system: You are a helpful assistant.
user:
Analyze the provided spectrum to determine if it is a **M-type Giant (gM)**.

A M-type Giant spectrum is defined by its **strong molecular absorption** features, particularly from **Titanium Oxide (TiO)**. You must check for one of the following mutually exclusive signatures:

- **Key Visual Indicators (Absorption-Dominated Spectrum):**

    - **(Primary):** The spectrum is dominated by strong molecular absorption from **Titanium Oxide (TiO)**. This is the **defining feature** of its M-type temperature class.
        - **(Key Bandheads):** Look for sharp, "saw-tooth" absorption valleys. The strongest are located near **~7050 Å**, **~6160 Å**, and **~5170 Å**.
        - **(Line Profile):** The "saw-tooth" morphology is critical: a **sharp, steep drop on the BLUE (short-wavelength) side** of the bandhead, followed by a gradual recovery (rising flux) towards the RED (long-wavelength) side.

    - **(Key Confirmation - Giant vs. Dwarf):** **ABSENCE** of strong **Calcium Hydride (CaH)** molecular bands. This is the primary diagnostic for *excluding* M-dwarfs.
        - **(Key Region):** The spectrum should lack the strong, broad absorption band seen in dwarfs between **~6800 Å and ~7000 Å**.

    - **(Secondary Confirmation - Giant):** A very strong and broad **Neutral Calcium (Ca I)** atomic absorption line.
        - **(Key Line):** Located at **~4226 Å**. In a giant (gM), this line is significantly deeper and broader than the same line in an M-dwarf (dM) due to low surface gravity.

    - **(Overall Spectrum):**
        - The continuum is **extremely red-sloping** (i.e., flux is very low in the blue and rises dramatically towards the red).
        - The entire spectrum appears "chopped up" by the deep TiO bands.

Think first, call **spectral_visualization_tool** if needed to examine features in detail, then provide your final answer. Your response must adhere to the following strict rules:
1.  **Overall Structure:** Your response must follow the format `<think>...</think> <tool_call>...</tool_call> (if a tool is used) <answer>...</answer>`.
2.  **Tool Usage Constraint:** You may only make **one** tool call per turn.
3.  **Final Answer Format:** In the `<answer>` tag, your conclusion must be inside a `\boxed{}` command (e.g., `\boxed{YES}` or `\boxed{NO}`), followed by your justification.

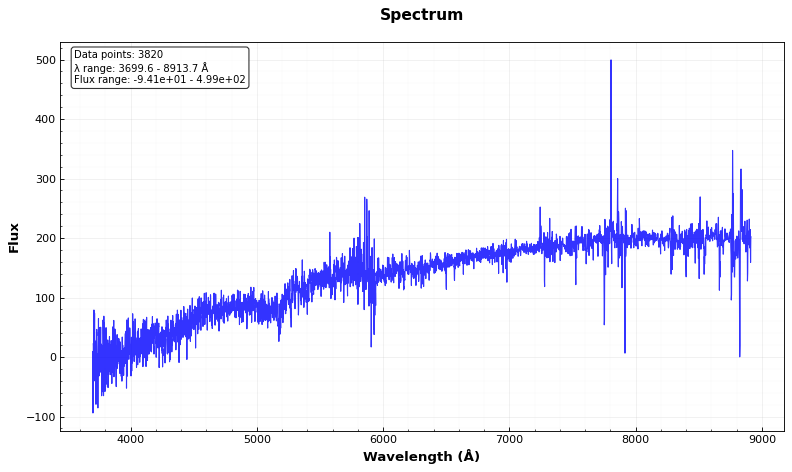
Answer: NO